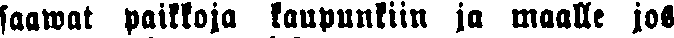
saawat paikkoja kaupunkiin ja maalle jos